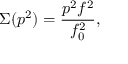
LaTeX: \Sigma ( p ^ { 2 } ) = \frac { p ^ { 2 } f ^ { 2 } } { f _ { 0 } ^ { 2 } } ,